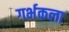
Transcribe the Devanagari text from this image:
गर्भकला